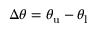
\Delta \theta = \theta _ { \mathrm { u } } - \theta _ { \mathrm { l } }